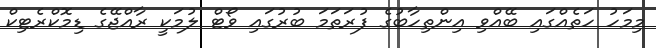
މިމަހު ހަތެއްގައި ބޭއްވި އިންތިހާބުގެ ފުރަތަމަ ބުރުގައި ވޯޓް ލުމަކީ ރާއްޖޭގެ ޑިމޮކްރެޓިކް